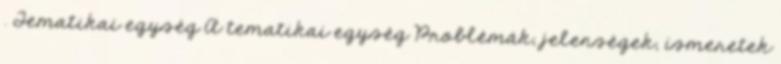
. Tematikai egység A tematikai egység Problémák, jelenségek, ismeretek